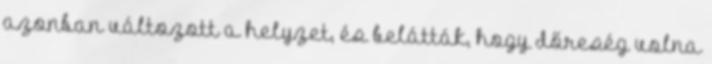
azonban változott a helyzet, és belátták, hogy dőreség volna